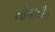
નૌકાદોડ